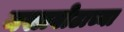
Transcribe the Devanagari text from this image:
नखाबोटाच्या